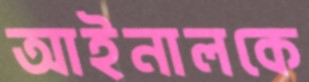
আইনালকে